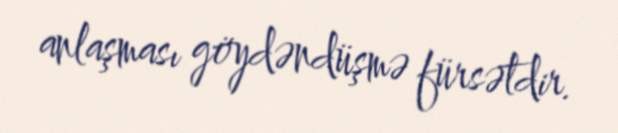
anlaşması göydəndüşmə fürsətdir.